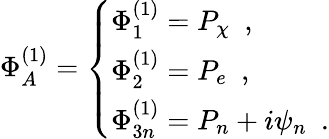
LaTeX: \Phi_{A}^{(1)}=\left\{ \begin{array}{l}{{\Phi_{1}^{(1)}=P_{\chi}\, \, \, ,}}\\ {{\Phi_{2}^{(1)}=P_{e}\, \, \, ,}}\\ {{\Phi_{3n}^{(1)}=P_{n}+i\psi_{n}\, \, \, .}}\end{array}\right.